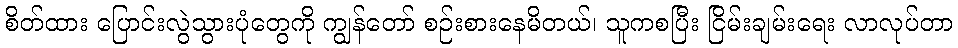
စိတ်ထား ပြောင်းလွဲသွားပုံတွေကို ကျွန်တော် စဉ်းစားနေမိတယ်၊ သူကစပြီး ငြိမ်းချမ်းရေး လာလုပ်တာ